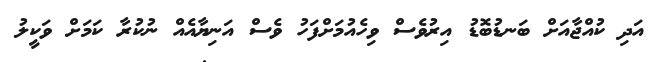
އަދި ކުއްޖާއަށް ބަނޑުބޮޑު އިރުވެސް ވިހެއުމަށްފަހު ވެސް އަނިޔާއެއް ނުކުރާ ކަމަށް ވަކީލު